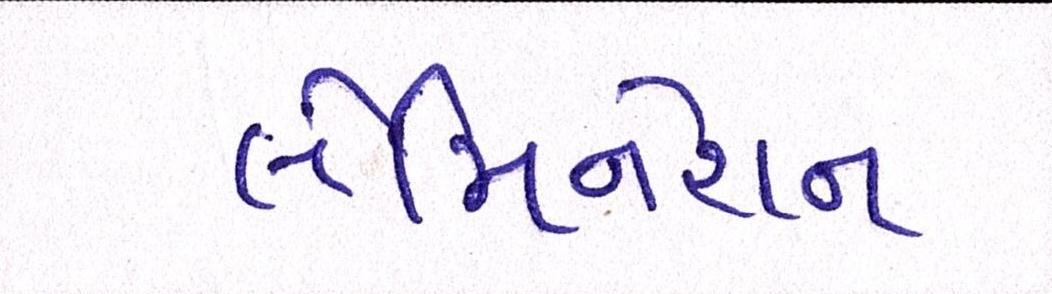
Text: લેમિનેશન